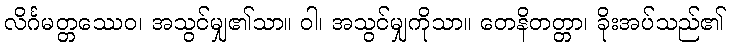
လိင်္ဂမတ္တဿေဝ၊ အသွင်မျှ၏သာ။ ဝါ၊ အသွင်မျှကိုသာ။ တေနိတတ္တာ၊ ခိုးအပ်သည်၏